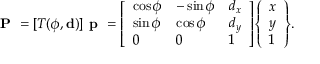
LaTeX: { \textbf { P } } = [ T ( \phi , \mathbf { d } ) ] { \textbf { p } } = { \left[ \begin{array} { l l l } { \cos \phi } & { - \sin \phi } & { d _ { x } } \\ { \sin \phi } & { \cos \phi } & { d _ { y } } \\ { 0 } & { 0 } & { 1 } \end{array} \right] } { \left\{ \begin{array} { l } { x } \\ { y } \\ { 1 } \end{array} \right\} } .